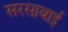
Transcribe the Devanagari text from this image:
सरसाबाई